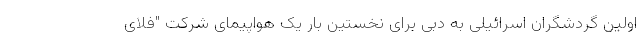
اولین گردشگران اسرائیلی به دبی برای نخستین بار یک هواپیمای شرکت "فلای